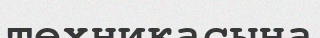
техникасына